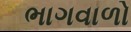
ભાગવાળો